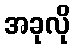
အခုလို